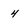
Character: 4